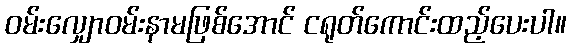
ဝမ်းလျှောဝမ်းနာမဖြစ်အောင် ငရုတ်ကောင်းထည့်ပေးပါ။